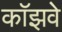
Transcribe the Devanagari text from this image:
कॉझवे